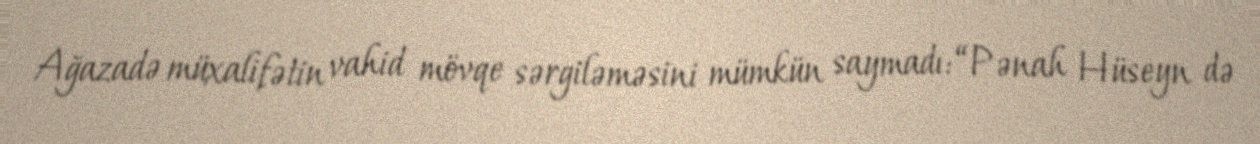
Ağazadə müxalifətin vahid mövqe sərgiləməsini mümkün saymadı: “Pənah Hüseyn də